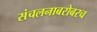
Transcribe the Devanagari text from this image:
संचलनाबरोबरच